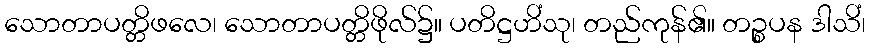
သောတာပတ္တိဖလေ၊ သောတာပတ္တိဖိုလ်၌။ ပတိဋ္ဌဟိံသု၊ တည်ကုန်၏။ တဉ္စပန ဒါသိံ၊